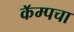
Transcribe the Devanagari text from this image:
कॅम्पचा